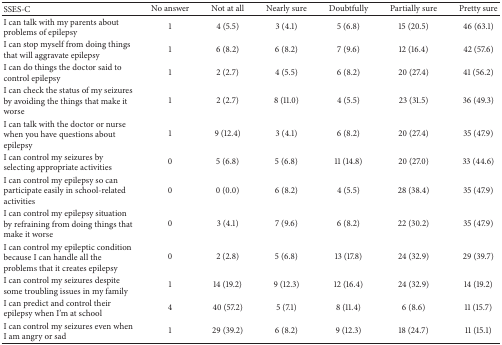
| SSES-C | No answer | Not at all | Nearly sure | Doubtfully | Partially sure | Pretty sure |
 | --- | --- | --- | --- | --- | --- | --- |
 | I can talk with my parents about problems of epilepsy | 1 | 4 (5.5) | 3 (4.1) | 5 (6.8) | 15 (20.5) | 46 (63.1) |
 | I can stop myself from doing things that will aggravate epilepsy | 1 | 6 (8.2) | 6 (8.2) | 7 (9.6) | 12 (16.4) | 42 (57.6) |
 | I can do things the doctor said to control epilepsy | 1 | 2 (2.7) | 4 (5.5) | 6 (8.2) | 20 (27.4) | 41 (56.2) |
 | I can check the status of my seizures by avoiding the things that make it worse | 1 | 2 (2.7) | 8 (11.0) | 4 (5.5) | 23 (31.5) | 36 (49.3) |
 | I can talk with the doctor or nurse when you have questions about epilepsy | 1 | 9 (12.4) | 3 (4.1) | 6 (8.2) | 20 (27.4) | 35 (47.9) |
 | I can control my seizures by selecting appropriate activities | 0 | 5 (6.8) | 5 (6.8) | 11 (14.8) | 20 (27.0) | 33 (44.6) |
 | I can control my epilepsy so can participate easily in school-related activities | 0 | 0 (0.0) | 6 (8.2) | 4 (5.5) | 28 (38.4) | 35 (47.9) |
 | I can control my epilepsy situation by refraining from doing things that make it worse | 0 | 3 (4.1) | 7 (9.6) | 6 (8.2) | 22 (30.2) | 35 (47.9) |
 | I can control my epileptic condition because I can handle all the problems that it creates epilepsy | 0 | 2 (2.8) | 5 (6.8) | 13 (17.8) | 24 (32.9) | 29 (39.7) |
 | I can control my seizures despite some troubling issues in my family | 1 | 14 (19.2) | 9 (12.3) | 12 (16.4) | 24 (32.9) | 14 (19.2) |
 | I can predict and control their epilepsy when I'm at school | 4 | 40 (57.2) | 5 (7.1) | 8 (11.4) | 6 (8.6) | 11 (15.7) |
 | I can control my seizures even when I am angry or sad | 1 | 29 (39.2) | 6 (8.2) | 9 (12.3) | 18 (24.7) | 11 (15.1) |